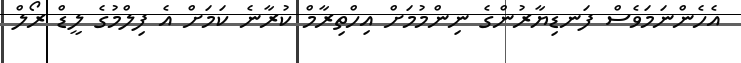
އެހެންނަމަވެސް ފަނޑިޔާރުންގެ ނިންމުމަށް އިހްތިރާމް ކުރާނެ ކަމަށް އެ ފިލްމުގެ ލީޑް ރޯލް